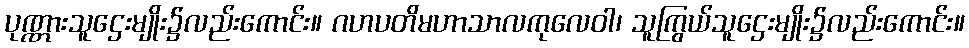
ပုဏ္ဏားသူဌေးမျိုး၌လည်းကောင်း။ ဂဟပတိမဟာသာလကုလေဝါ၊ သူကြွယ်သူဌေးမျိုး၌လည်းကောင်း။